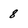
Character: 8